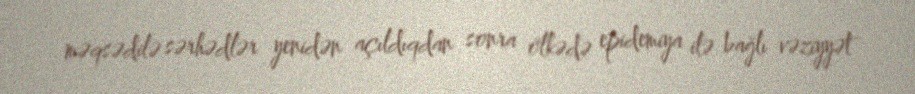
məqsədilə sərhədlər yenidən açıldıqdan sonra ölkədə epidemiya ilə bağlı vəziyyət